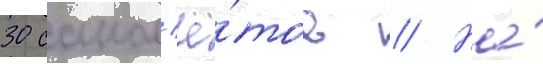
30 самол'ё́тов // На́